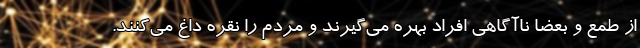
از طمع و بعضا ناآگاهی افراد بهره می‌گیرند و مردم را نقره داغ می‌کنند.